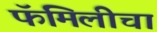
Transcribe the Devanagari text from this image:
फॅमिलीचा